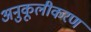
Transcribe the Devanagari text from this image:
अनुकूलीकरण